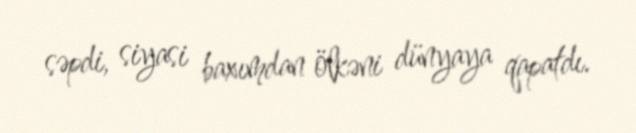
səpdi, siyasi baxımdan ölkəni dünyaya qapatdı.